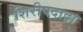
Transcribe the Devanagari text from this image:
शिरीषदादा